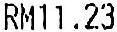
RM11.23